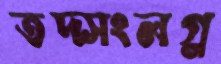
তদ্সংলগ্ন